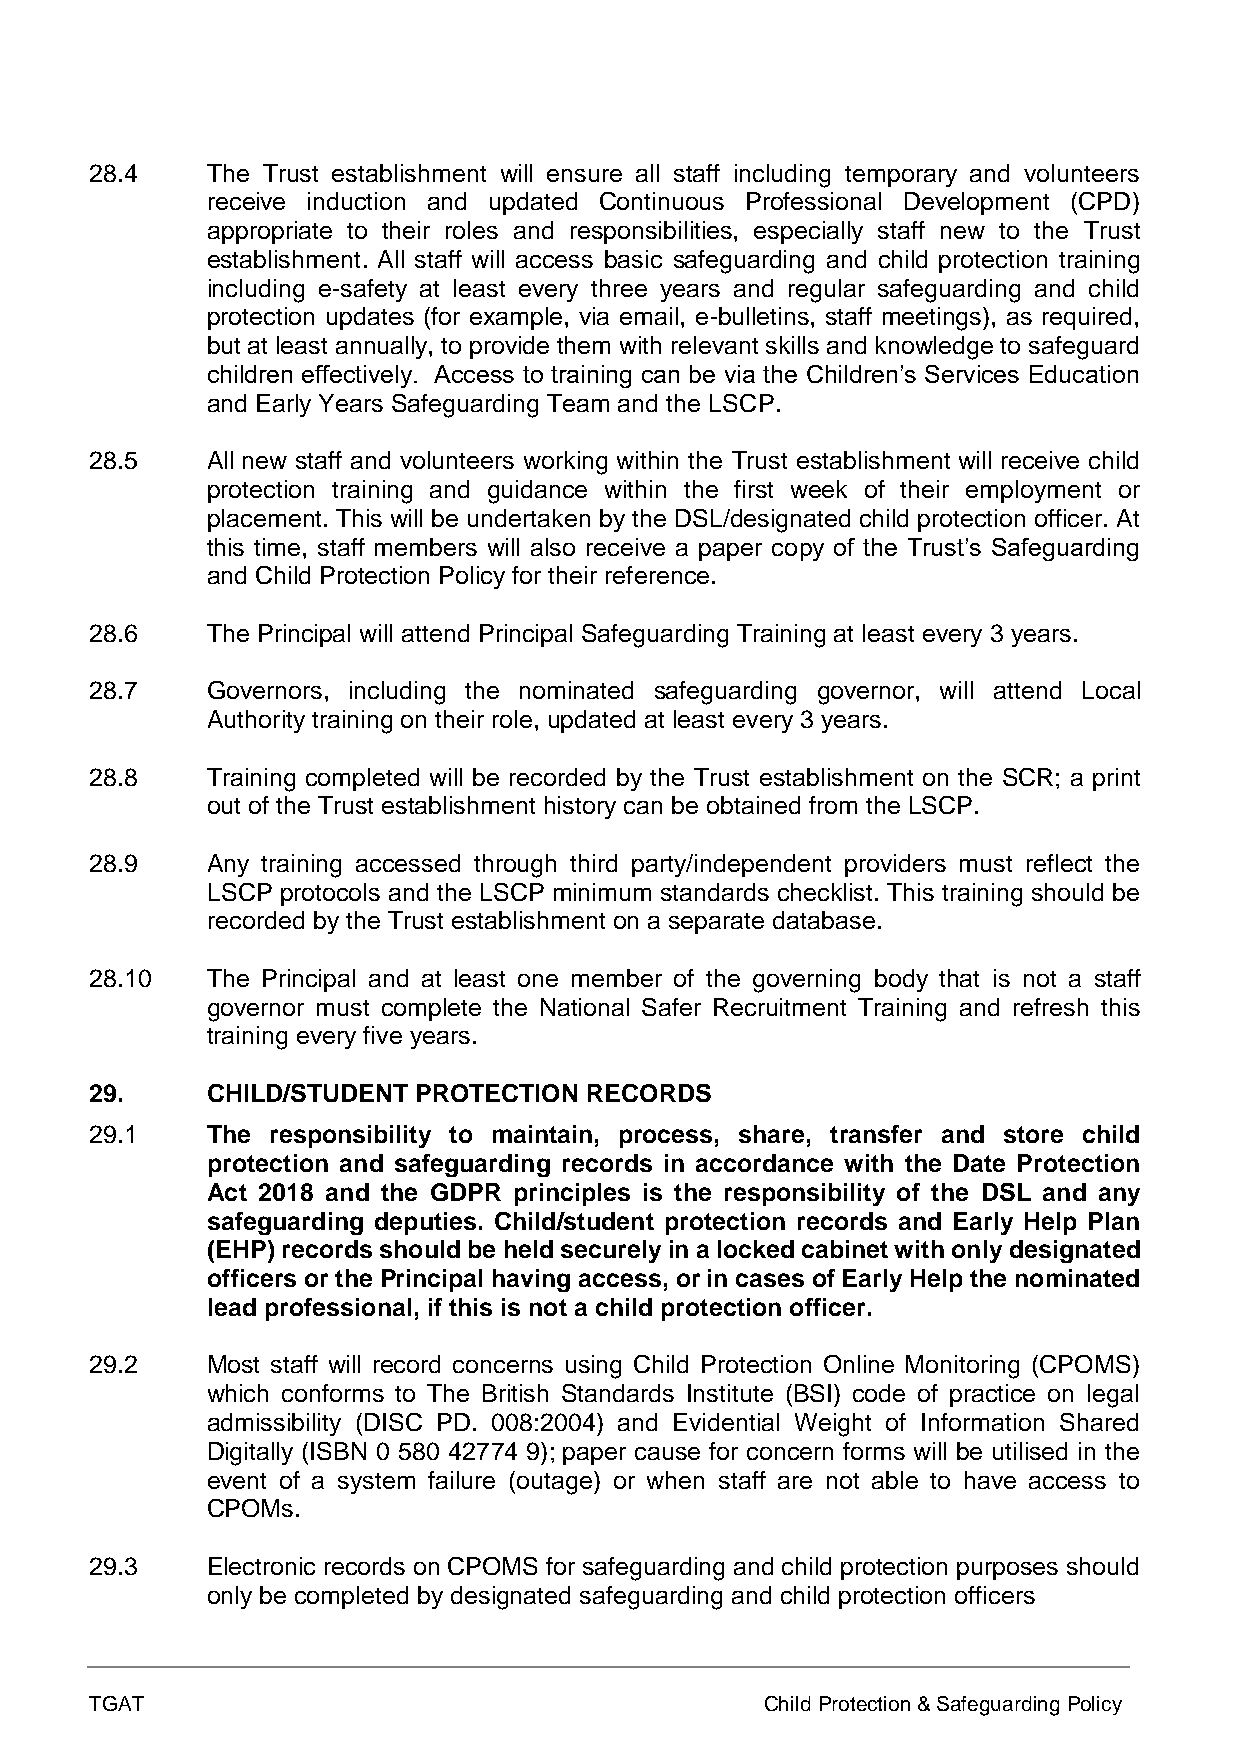
28.4    The Trust establishment will ensure all staff including temporary and volunteers
 receive induction and updated Continuous Professional Development (CPD)
 appropriate to their roles and responsibilities, especially staff new to the Trust
 establishment. All staff will access basic safeguarding and child protection training
 including e-safety at least every three years and regular safeguarding and child
 protection updates (for example, via email, e-bulletins, staff meetings), as required,
 but at least annually, to provide them with relevant skills and knowledge to safeguard
 children effectively. Access to training can be via the Children’s Services Education
 and Early Years Safeguarding Team and the LSCP.
 28.5    All new staff and volunteers working within the Trust establishment will receive child
 protection training and guidance within the first week of their employment or
 placement. This will be undertaken by the DSL/designated child protection officer. At
 this time, staff members will also receive a paper copy of the Trust’s Safeguarding
 and Child Protection Policy for their reference.
 28.6    The Principal will attend Principal Safeguarding Training at least every 3 years.
 28.7    Governors, including the nominated safeguarding governor, will attend Local
 Authority training on their role, updated at least every 3 years.
 28.8    Training completed will be recorded by the Trust establishment on the SCR; a print
 out of the Trust establishment history can be obtained from the LSCP.
 28.9    Any training accessed through third party/independent providers must reflect the
 LSCP protocols and the LSCP minimum standards checklist. This training should be
 recorded by the Trust establishment on a separate database.
 28.10   The Principal and at least one member of the governing body that is not a staff
 governor must complete the National Safer Recruitment Training and refresh this
 training every five years.
 29.     CHILD/STUDENT PROTECTION RECORDS
 29.1    The responsibility to maintain, process, share, transfer and store child
 protection and safeguarding records in accordance with the Date Protection
 Act 2018 and the GDPR principles is the responsibility of the DSL and any
 safeguarding deputies. Child/student protection records and Early Help Plan
 (EHP) records should be held securely in a locked cabinet with only designated
 officers or the Principal having access, or in cases of Early Help the nominated
 lead professional, if this is not a child protection officer.
 29.2    Most staff will record concerns using Child Protection Online Monitoring (CPOMS)
 which conforms to The British Standards Institute (BSI) code of practice on legal
 admissibility (DISC PD. 008:2004) and Evidential Weight of Information Shared
 Digitally (ISBN 0 580 42774 9); paper cause for concern forms will be utilised in the
 event of a system failure (outage) or when staff are not able to have access to
 CPOMs.
 29.3    Electronic records on CPOMS for safeguarding and child protection purposes should
 only be completed by designated safeguarding and child protection officers
 TGAT                                         Child Protection & Safeguarding Policy